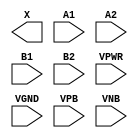
/**
 * Copyright 2020 The SkyWater PDK Authors
 *
 * Licensed under the Apache License, Version 2.0 (the "License");
 * you may not use this file except in compliance with the License.
 * You may obtain a copy of the License at
 *
 *     https://www.apache.org/licenses/LICENSE-2.0
 *
 * Unless required by applicable law or agreed to in writing, software
 * distributed under the License is distributed on an "AS IS" BASIS,
 * WITHOUT WARRANTIES OR CONDITIONS OF ANY KIND, either express or implied.
 * See the License for the specific language governing permissions and
 * limitations under the License.
 *
 * SPDX-License-Identifier: Apache-2.0
 */

`ifndef SKY130_FD_SC_HVL__O22A_PP_BLACKBOX_V
`define SKY130_FD_SC_HVL__O22A_PP_BLACKBOX_V

/**
 * o22a: 2-input OR into both inputs of 2-input AND.
 *
 *       X = ((A1 | A2) & (B1 | B2))
 *
 * Verilog stub definition (black box with power pins).
 *
 * WARNING: This file is autogenerated, do not modify directly!
 */

`timescale 1ns / 1ps
`default_nettype none

(* blackbox *)
module sky130_fd_sc_hvl__o22a (
    X   ,
    A1  ,
    A2  ,
    B1  ,
    B2  ,
    VPWR,
    VGND,
    VPB ,
    VNB
);

    output X   ;
    input  A1  ;
    input  A2  ;
    input  B1  ;
    input  B2  ;
    input  VPWR;
    input  VGND;
    input  VPB ;
    input  VNB ;
endmodule

`default_nettype wire
`endif  // SKY130_FD_SC_HVL__O22A_PP_BLACKBOX_V